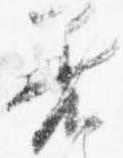
着